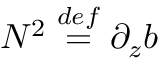
N ^ { 2 } \ensuremath { \stackrel { \r { d e f } } { = } } \partial _ { z } b